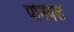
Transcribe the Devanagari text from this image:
पनियल